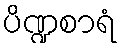
ပိဏ္ဍစာရံ